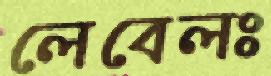
লেবেলঃ